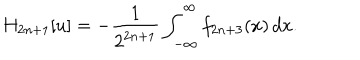
H _ { 2 n + 1 } [ u ] = - { \frac { 1 } { 2 ^ { 2 n + 1 } } } \int _ { - \infty } ^ { \infty } f _ { 2 n + 3 } ( x ) \, d x .